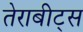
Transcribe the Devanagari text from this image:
तेराबीट्स